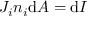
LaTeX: J _ { i } n _ { i } \mathrm { d } A = \mathrm { d } I \,